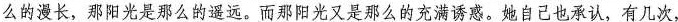
么的漫长，那阳光是那么的遥远。\underline{而那阳光又是那么的充满诱惑}。她自己也承认，有几次，